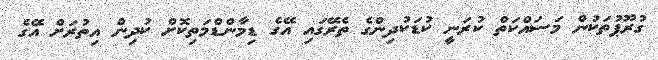
ގުރޫޕުތަކުން މަސައްކަތް ކުރަނީ ކުޑަކުދިންގެ ތެރޭގައި އޭގެ ޑިމާންޑްމަތިކޮށް ކުދިން އިތުރަށް އޭގެ